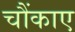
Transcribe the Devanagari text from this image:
चौंकाए